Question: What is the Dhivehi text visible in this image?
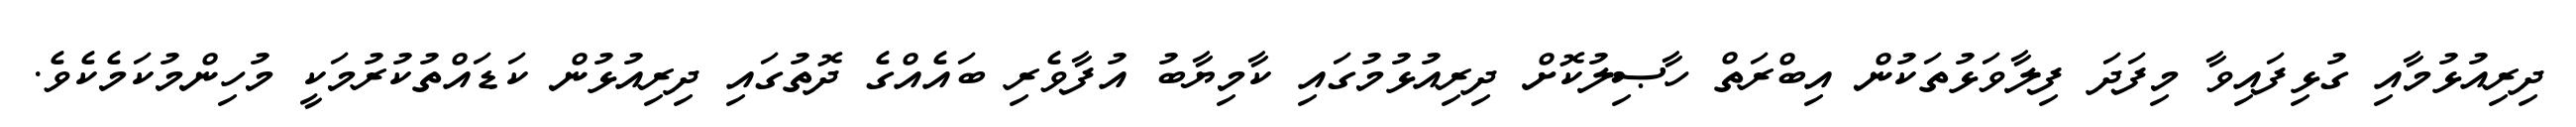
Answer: ދިރިއުޅުމާއި ގުޅިފައިވާ މިފަދަ ފިލާވަޅުތަކުން އިބްރަތް ހާޞިލުކޮށް ދިރިއުޅުމުގައި ކާމިޔާބު އުފާވެރި ބައެއްގެ ދޮތުގައި ދިރިއުޅުން ކަޑައްތުކުރުމަކީ މުހިންމުކަމެކެވެ.